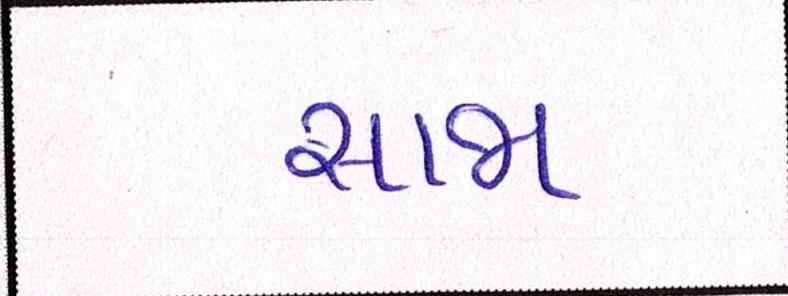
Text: સાજા